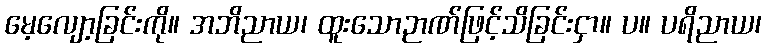
မေ့လျော့ခြင်းကို။ အဘိညာယ၊ ထူးသောဉာဏ်ဖြင့်သိခြင်းငှာ။ ပ။ ပရိညာယ၊